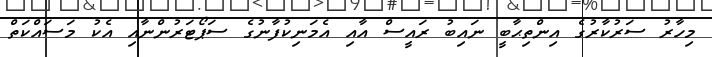
މިހާރު ސަރުކާރުގެ އިންތިޙާބީ ނައިބު ރައީސް އާއި އެމަނިކުފާނުގެ ސަޕޯޓަރުންނާއި އެކު މަސައްކަތް